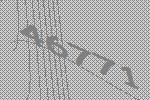
46771